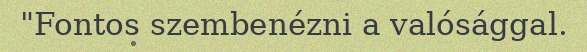
"Fontos szembenézni a valósággal.